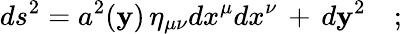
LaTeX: ds^{2}=a^{2}(\mathbf{y})\, \eta_{\mu\nu}dx^{\mu}dx^{\nu}\, +\, d\mathbf{y}^{2}\quad;